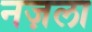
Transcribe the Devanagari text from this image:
नज़ला